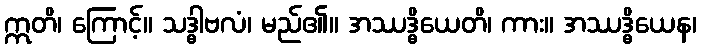
ဣတိ၊ ကြောင့်။ သဒ္ဓါဗလံ၊ မည်၏။ အဿဒ္ဓိယေတိ၊ ကား။ အဿဒ္ဓိယေန၊